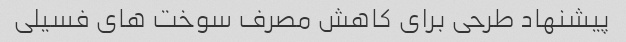
پیشنهاد طرحی برای کاهش مصرف سوخت های فسیلی